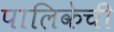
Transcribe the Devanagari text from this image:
पालिकेची